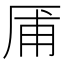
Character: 㕊